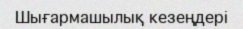
Шығармашылық кезеңдері